Leaving Certificate Examination, 1906
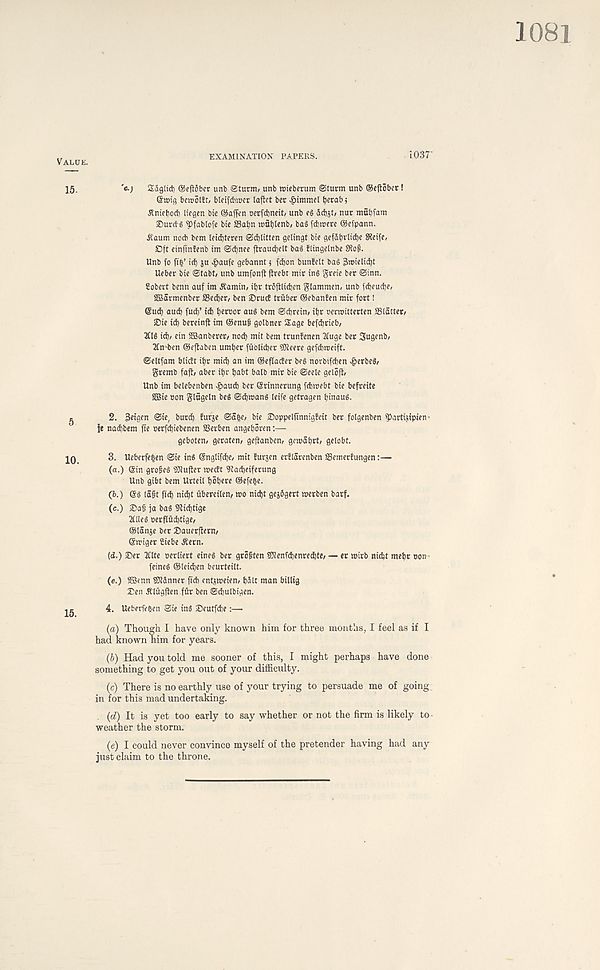
EXAMINATION PAPERS.
1037
' «•; Sdglid) ©eflflbcr unb ©turm, unb wiebcntm ©turn unb ®cft6bet!
enjig bcrootJt, bteifdnccr laftet bee
tjerab 5
Jlnietiod) Ifegen bte ©affen oerfdjnett/ unb eg dd)jt/ nut mfitjl' ani
®urd' g ?)fablofe bie S3at)n »fit)lenb/ ba§ fdneere ©efpann.
Jtaum nocb bem leidjteren ©d)litten gelingt bte gefdt)i' lid)e SRetfe,
Oft etnffnfenb tm ©djnee ftraud)elt ba§ flingelnbe Stop.
Unb fo ft' 5’ id) 3U ^>aufe gebannt 1 fdjon bunJett ba§ 3mielid)t
Ueber bte ©tabt/ unb umfonjt jlrebt mir tng
@inn.
?obert benn auf im ^amtn, itjr trSfiltdien gtammen/ unb fdjeudje,
aBarmenbec SSed^er, ben Oruif triibec ©ebanfen mtr fort!
@ud) aud) fud)’ id) Ijertjoc au§ bem ©djretn; ttjr oermitterten aSiattet/
sDte id) bereinft im ©enuf golbner Sage befdjrieb,
id)/ ein 2Banberer/ nod) mit bem trunfenen 3fuge bet Sugenb/
2In*ben ©eftaben umtjet ftiblidjet SJteere gefebmeift.
©eltfam blidt tljt micb an im ©eflacBer be§ norbifeben ^>erbe§/
gremb faft/ abet itjr babt balb mir bie ©eele geloft/
Unb im belebenben $aud) bet ©rinnetung fdmtebt bie befreite
SBie »on glugcln be§ ©d)tt>an§ leife getragen binauS.
2. 3eigen ©ie, burd) furje ©abe, bie Ooppelfinnigfeit bet folgenben fPartijipien •
je nad)bem fie berfdjiebenen SSerben angeboren:—
geboten/ geraten/ geftanben/ gemabrt/ gelobt.
3. Ueberfe^en ©ie ins ©ngtifdje, mit furjen erEtcitenben aSemerfungen:—
(a.) ©in grofeS iDtuftet mecEt atadjfiferung
Unb gibt bem Urteil bobetf ©efe^e.
(6.) ©S (a^t fid) niebt ubereilen/ wo nidbt gejSgert werben barf.
(c.) &afi ja ba§ Slicbtige
2tlle§ oerfIiid)tige/
©lanje bet Oauerftern/
©wiger Siebe ^etn.
(d.) £>er 2tlte oerliert eineg bet grofiten ?Wenfd)enred)te/ — et with niebt mebt non
feineg ©(eitben beurteilt.
(e.) SDSenn gitdnner ft ' cb cntjweien/ bdtt man billig
Den dEiugflen fSr ben ©dbulbigen.
4. Uebevfeben ©ie ing Oeutfdie:—
(a) Though I have only known him for three months, I feel as if I
had known him for years.
(b) Had you told me sooner of this, I might perhaps have done
something to get you out of your difficulty.
(c) There is no earthly use of your trying to persuade me of going
in for this mad undertaking.
(d) It is yet too early to say whether or not the firm is likely to
weather the storm.
(e) I could never convince myself of the pretender having had any
just claim to the throne.